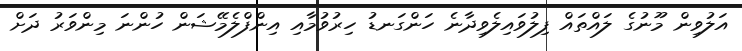
އަލުވިން މޫނުގެ ލައްތައް ފިލުވައިލެވިދާނެ ހަންގަނޑު ހިރުވުމާއި އިންފްލެމޭޝަން ހުންނަ މިންވަރު ދަށް